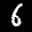
Label: 6